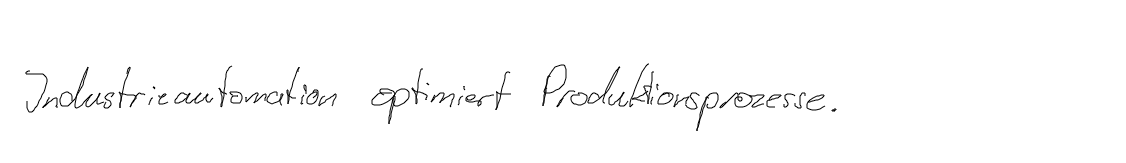
Industrieautomation optimiert Produktionsprozesse.